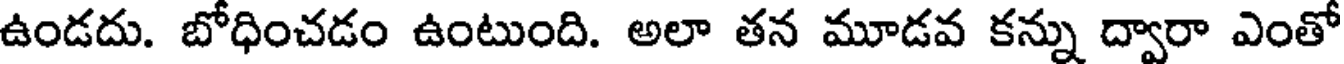
ఉండదు. బోధించడం ఉంటుంది. అలా తన మూడవ కన్ను ద్వారా ఎంతో